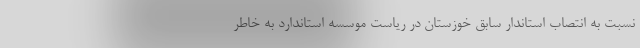
نسبت به انتصاب استاندار سابق خوزستان در ریاست موسسه استاندارد به خاطر